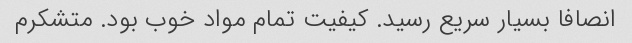
انصافا بسیار سریع رسید. کیفیت تمام مواد خوب بود. متشکرم